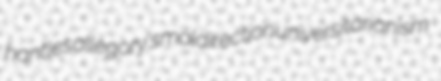
hantles allegory's maldirection universitarianism